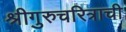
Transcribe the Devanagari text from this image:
श्रीगुरुचरित्राची